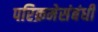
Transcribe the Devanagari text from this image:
परिक्रमेसंबंधी